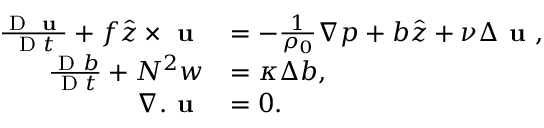
\begin{array} { r l } { \frac { \textnormal { D } \textbf { u } } { \textnormal { D } t } + f \hat { z } \times \textbf { u } } & { = - \frac { 1 } { \rho _ { 0 } } \nabla p + b \hat { z } + \nu \Delta \textbf { u } , } \\ { \frac { \textnormal { D } b } { \textnormal { D } t } + N ^ { 2 } w } & { = \kappa \Delta b , } \\ { \nabla . \textbf { u } } & { = 0 . } \end{array}